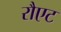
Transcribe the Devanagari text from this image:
रौएट